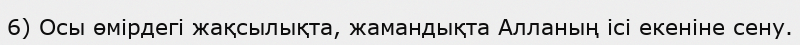
6) Осы өмірдегі жақсылықта, жамандықта Алланың ісі екеніне сену.